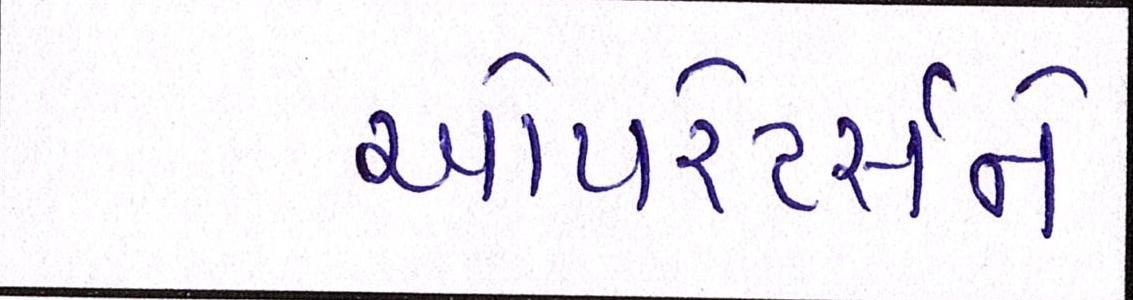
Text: ઓપરેટર્સને